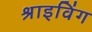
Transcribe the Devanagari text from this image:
श्राइविंग